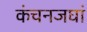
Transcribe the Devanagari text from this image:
कंचनजघां